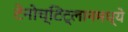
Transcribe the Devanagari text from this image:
टेनोच्टिट्लानमध्ये